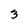
Character: 3